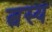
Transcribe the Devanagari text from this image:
त्वस्य